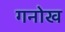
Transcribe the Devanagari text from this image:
गनोख